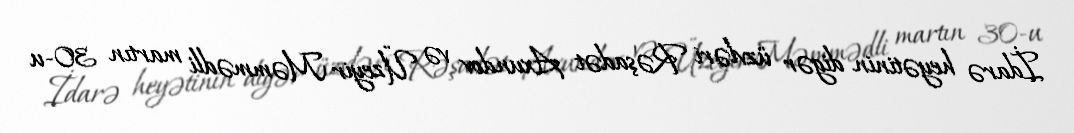
İdarə heyətinin digər üzvləri Rəşadət Axundov və Üzeyir Məmmədli martın 30-u